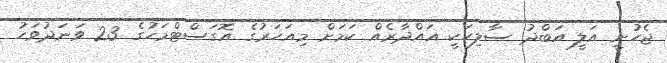
ޖެހުނީ އަލީ އަބްދު ސާލިހަކީ ޣައްދާރެއް ކަމަށް މިއަހަރުގެ އޮގަސްޓްމަހުގެ 23 ވަނަދުވަހު